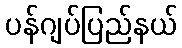
ပန်ဂျပ်ပြည်နယ်